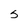
Character: s